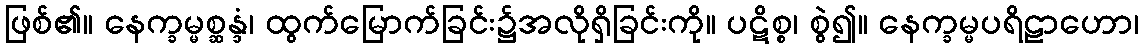
ဖြစ်၏။ နေက္ခမ္မစ္ဆန္ဒံ၊ ထွက်မြောက်ခြင်း၌အလိုရှိခြင်းကို။ ပဋိစ္စ၊ စွဲ၍။ နေက္ခမ္မပရိဠာဟော၊